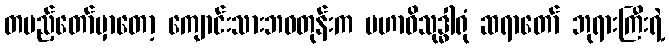
တပည့်တော်မှာတော့ ကျောင်းသားဘဝတုန်းက မဟာဝိသုဒ္ဓါရုံ ဆရာတော် ဘုရားကြီးရဲ့